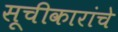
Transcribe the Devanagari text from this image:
सूचीकारांचे